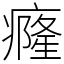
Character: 癃